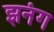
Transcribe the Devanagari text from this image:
झनंग